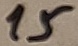
Text: 15